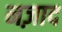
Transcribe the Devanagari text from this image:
नज़ाद